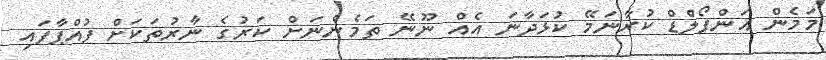
މަމެން އަންފޯލްޑް ކުރާނަމޭ ކުޅަދާނަ އެއް ނޫނޭ ތަމެންނަށް ކަރުގެ ނާރުތަކަށް ފުއްޕާފައި